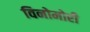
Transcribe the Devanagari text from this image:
विनोमोरी